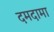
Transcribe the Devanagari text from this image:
दमदामा